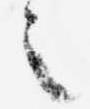
之